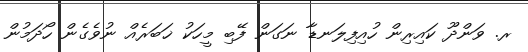
ރ. ވަންދޫ ކައިރިން ހުއިފިލަނޑާ ނަގަން ފޭބި މީހަކު ޚަބަރެއް ނުވެގެން ހޯދަމުން